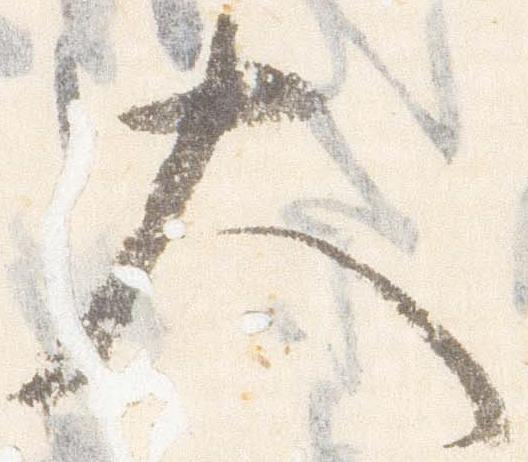
大